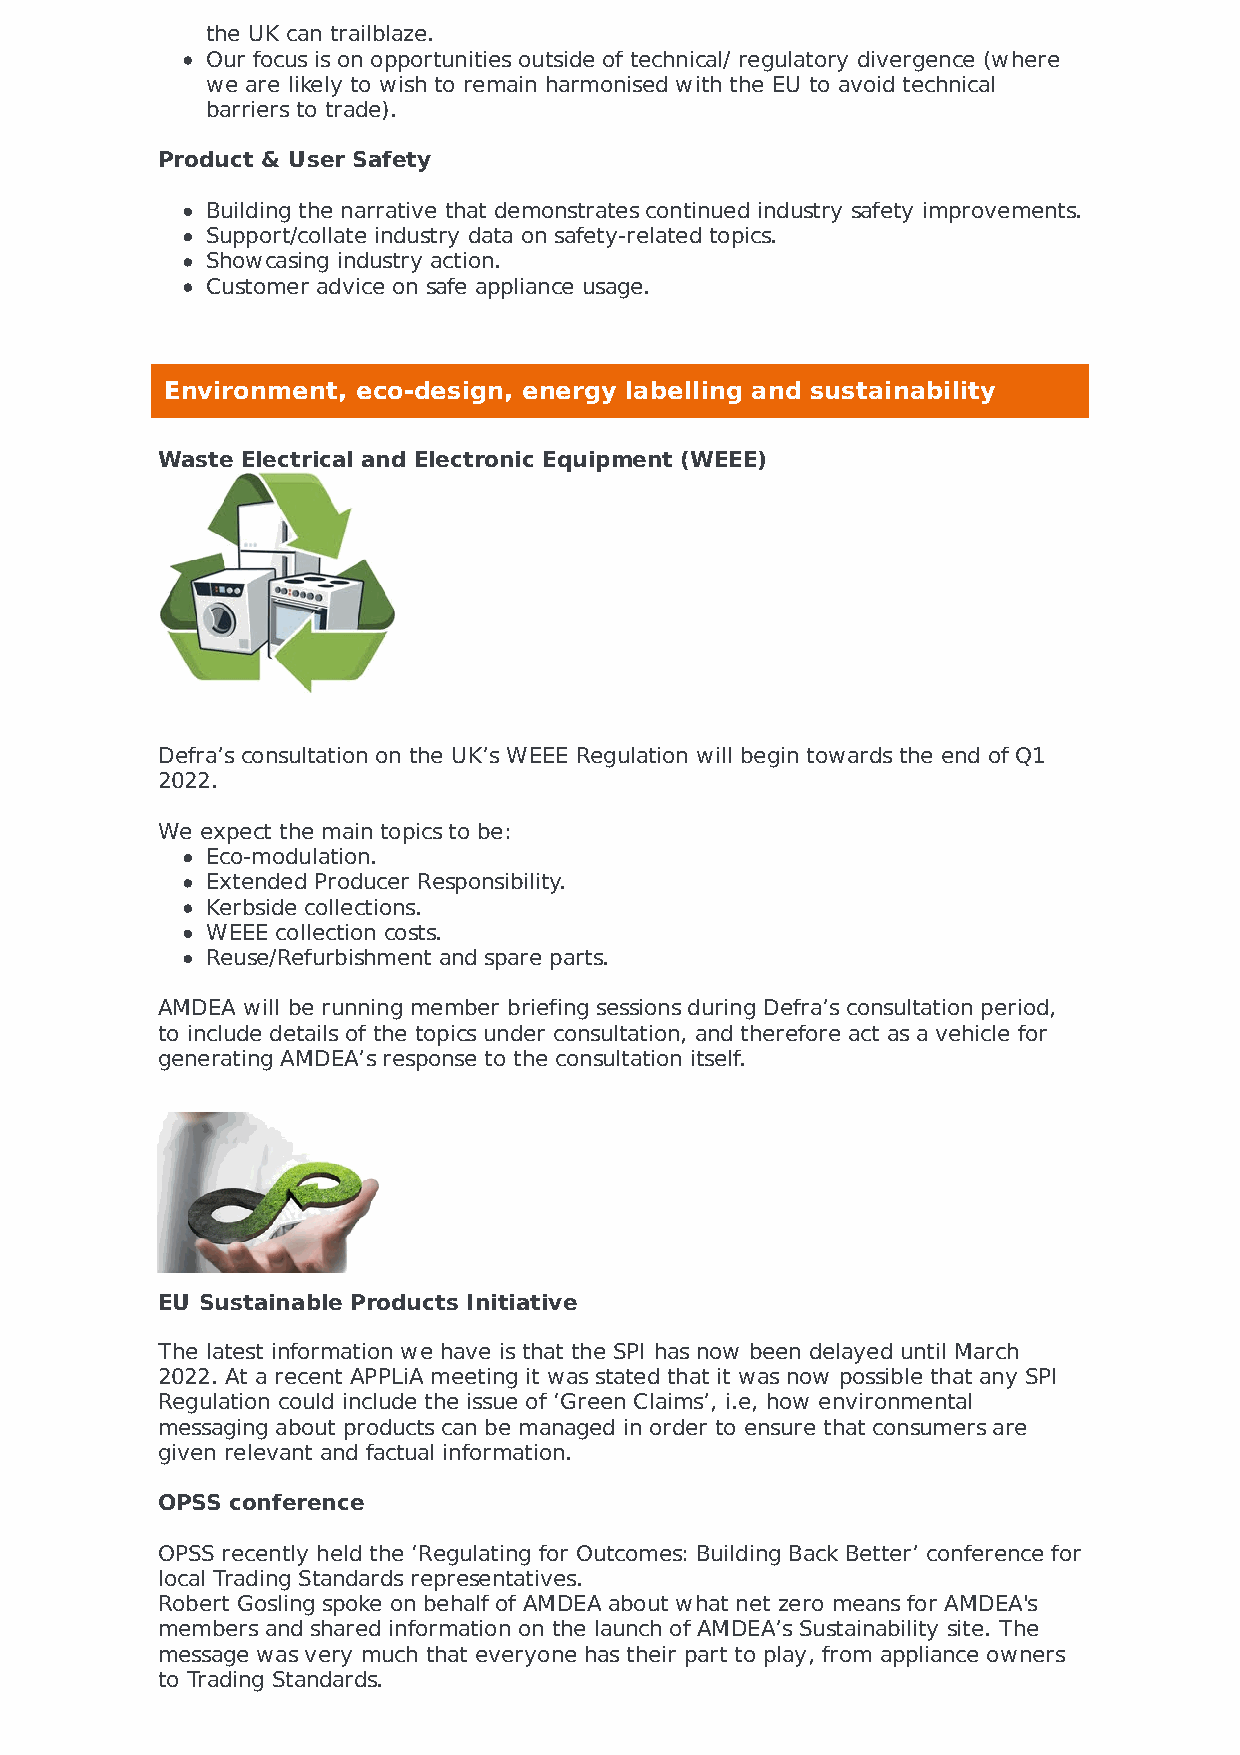
the UK can trailblaze.
 Our focus is on opportunities outside of technical/ regulatory divergence (where
 we are likely to wish to remain harmonised with the EU to avoid technical
 barriers to trade).
 Product & User Safety
 Building the narrative that demonstrates continued industry safety improvements.
 Support/collate industry data on safety-related topics.
 Showcasing industry action.
 Customer advice on safe appliance usage.
 Environment, eco-design, energy labelling and sustainability
 Waste Electrical and Electronic Equipment (WEEE)
 Defra’s consultation on the UK’s WEEE Regulation will begin towards the end of Q1
 2022.
 We expect the main topics to be:
 Eco-modulation.
 Extended Producer Responsibility.
 Kerbside collections.
 WEEE collection costs.
 Reuse/Refurbishment and spare parts.
 AMDEA will be running member briefing sessions during Defra’s consultation period,
 to include details of the topics under consultation, and therefore act as a vehicle for
 generating AMDEA’s response to the consultation itself.
 EU Sustainable Products Initiative
 The latest information we have is that the SPI has now been delayed until March
 2022. At a recent APPLiA meeting it was stated that it was now possible that any SPI
 Regulation could include the issue of ‘Green Claims’, i.e, how environmental
 messaging about products can be managed in order to ensure that consumers are
 given relevant and factual information.
 OPSS conference
 OPSS recently held the ‘Regulating for Outcomes: Building Back Better’ conference for
 local Trading Standards representatives.
 Robert Gosling spoke on behalf of AMDEA about what net zero means for AMDEA's
 members and shared information on the launch of AMDEA’s Sustainability site. The
 message was very much that everyone has their part to play, from appliance owners
 to Trading Standards.